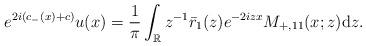
LaTeX: \begin{align*}e^{2i(c_-(x)+c)} u(x)=\frac{1}{\pi} \int_{\mathbb{R}} z^{-1}\bar{r}_1(z) e^{-2 i z x} M_{+,11}(x ;z) \mathrm{d}z.\end{align*}